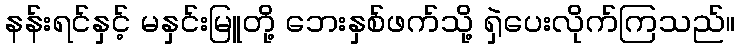
နန်းရင်နှင့် မနှင်းမြူတို့ ဘေးနှစ်ဖက်သို့ ရှဲပေးလိုက်ကြသည်။